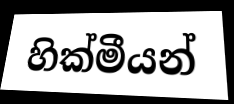
හික්මීයන්